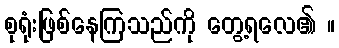
စုရုံးဖြစ်နေကြသည်ကို တွေ့ရလေ၏ ။